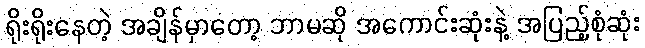
ရိုးရိုးနေတဲ့ အချိန်မှာတော့ ဘာမဆို အကောင်းဆုံးနဲ့ အပြည့်စုံဆုံး